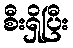
စီးရှိပြီး